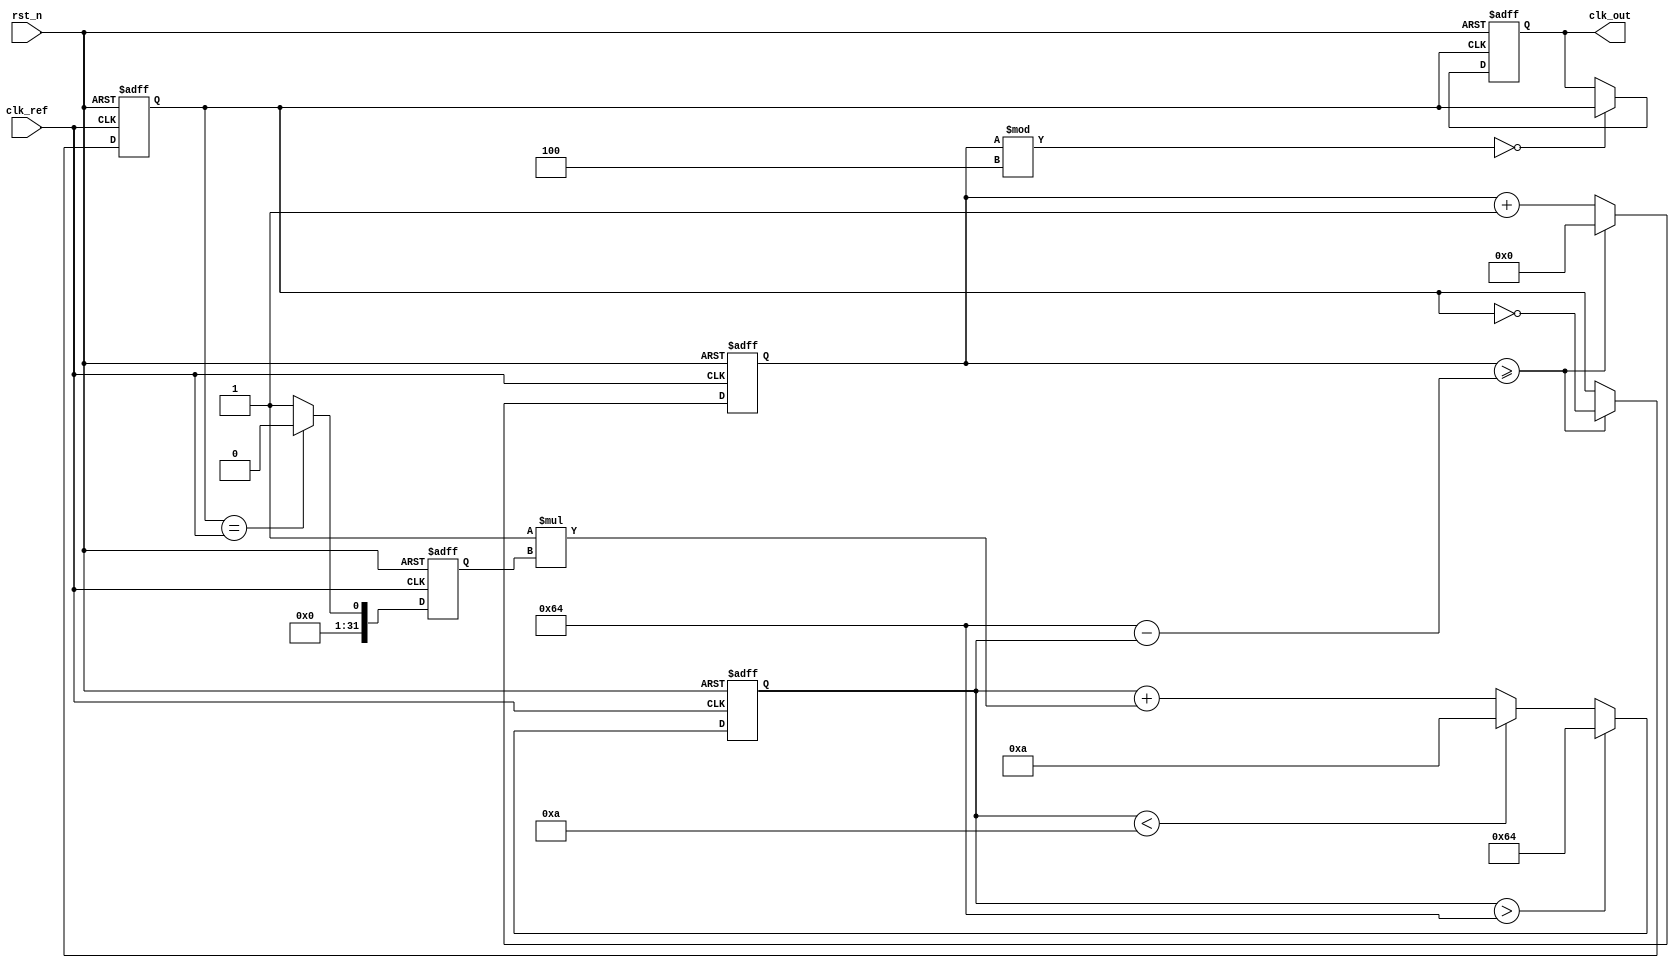
module PLL (
    input wire clk_ref,     // Reference clock input
    input wire rst_n,       // Active low reset
    output reg clk_out      // Output clock
);

    // Parameters for the PLL
    parameter integer DIV_FACTOR = 4; // Frequency divider factor
    parameter integer VCO_MAX_FREQ = 100; // Maximum frequency of VCO
    parameter integer VCO_MIN_FREQ = 10;  // Minimum frequency of VCO
    parameter integer FILTER_GAIN = 1; // Gain for the loop filter

    // Internal signals
    reg [31:0] phase_err;      // Phase error signal
    reg [31:0] control_voltage; // Control voltage for VCO
    reg vco_clk;               // VCO output clock
    reg [31:0] vco_counter;     // VCO counter for frequency generation

    // Phase Detector (PD)
    always @(posedge clk_ref or negedge rst_n) begin
        if (!rst_n) begin
            phase_err <= 0;
        end else begin
            // Simple phase detector logic
            // Here we assume a basic phase comparison
            // This is a placeholder for actual phase detection logic
            phase_err <= (vco_clk == clk_ref) ? 0 : 1; // Simplified phase error
        end
    end

    // Loop Filter (LF)
    always @(posedge clk_ref or negedge rst_n) begin
        if (!rst_n) begin
            control_voltage <= 0;
        end else begin
            // Simple first-order loop filter
            control_voltage <= control_voltage + (FILTER_GAIN * phase_err);
            // Clamp control voltage to VCO frequency range
            if (control_voltage > VCO_MAX_FREQ) begin
                control_voltage <= VCO_MAX_FREQ;
            end else if (control_voltage < VCO_MIN_FREQ) begin
                control_voltage <= VCO_MIN_FREQ;
            end
        end
    end

    // Voltage-Controlled Oscillator (VCO)
    always @(posedge clk_ref or negedge rst_n) begin
        if (!rst_n) begin
            vco_counter <= 0;
            vco_clk <= 0;
        end else begin
            // VCO frequency generation based on control voltage
            vco_counter <= vco_counter + 1;
            if (vco_counter >= (100 - control_voltage)) begin // Adjust frequency based on control voltage
                vco_clk <= ~vco_clk;
                vco_counter <= 0;
            end
        end
    end

    // Feedback Path (with optional frequency divider)
    always @(posedge vco_clk or negedge rst_n) begin
        if (!rst_n) begin
            clk_out <= 0;
        end else begin
            // Frequency divider
            if (vco_counter % DIV_FACTOR == 0) begin
                clk_out <= vco_clk;
            end
        end
    end

endmodule